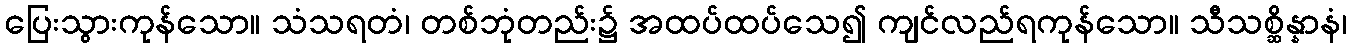
ပြေးသွားကုန်သော။ သံသရတံ၊ တစ်ဘုံတည်း၌ အထပ်ထပ်သေ၍ ကျင်လည်ရကုန်သော။ သီသစ္ဆိန္နာနံ၊